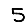
Digit: 5